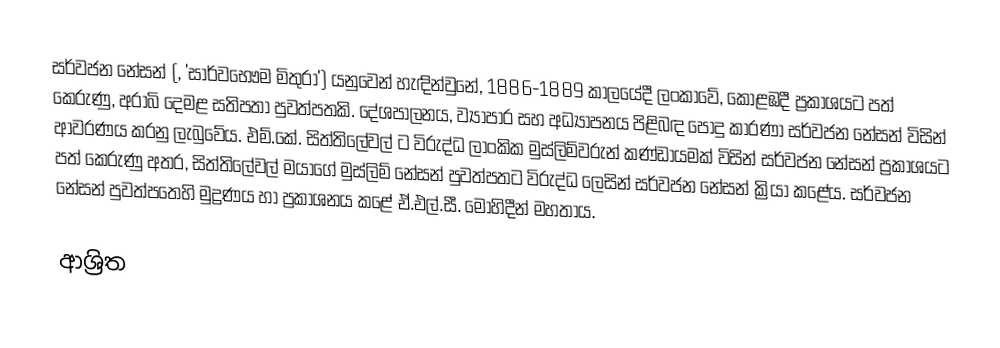
සර්වජන නේසන් (, 'සාර්වභෞම මිතුරා') යනුවෙන් හැඳින්වුනේ,  1886-1889 කාලයේදී ලංකාවේ, කොළඹදී ප්‍රකාශයට පත් කෙරුණු,  අරාබි දෙමළ සතිපතා පුවත්පතකි.  දේශපාලනය, ව්‍යාපාර සහ අධ්‍යාපනය පිළිබඳ පොදු කාරණා  සර්වජන නේසන් විසින් ආවරණය කරනු ලැබුවේය. එම්.කේ. සිත්තිලේවල් ට විරුද්ධ ලාංකික මුස්ලිම්වරුන් කණ්ඩායමක් විසින් සර්වජන නේසන් ප්‍රකාශයට පත් කෙරුණු අතර, සිත්තිලේවල් මයාගේ මුස්ලිම් නේසන් පුවත්පතට විරුද්ධ ලෙසින්  සර්වජන නේසන් ක්‍රියා කළේය.  සර්වජන නේසන් පුවත්පතෙහි මුද්‍රණය හා ප්‍රකාශනය කළේ ඒ.එල්.සී. මොහිදීන් මහතාය.

ආශ්‍රිත